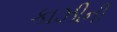
કાઝીની